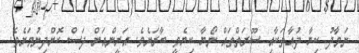
ނަމާދު ކިޔާ ދުޢާތަކާއި ސޫރަތްތައް ނޯޔާ ކިޔެވީ ބާރަށެވެ. އަރީންއަށް ދަސް ކޮށްދިނުމަށެވެ.